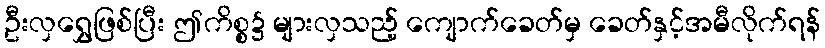
ဦးလှရွှေဖြစ်ပြီး ဤကိစ္စ၌ များလှသည့် ကျောက်ခေတ်မှ ခေတ်နှင့်အမီလိုက်ရန်